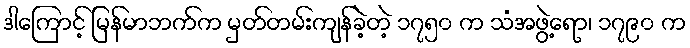
ဒါကြောင့် မြန်မာဘက်က မှတ်တမ်းကျန်ခဲ့တဲ့ ၁၇၅၀ က သံအဖွဲ့ရော၊ ၁၇၉၀ က